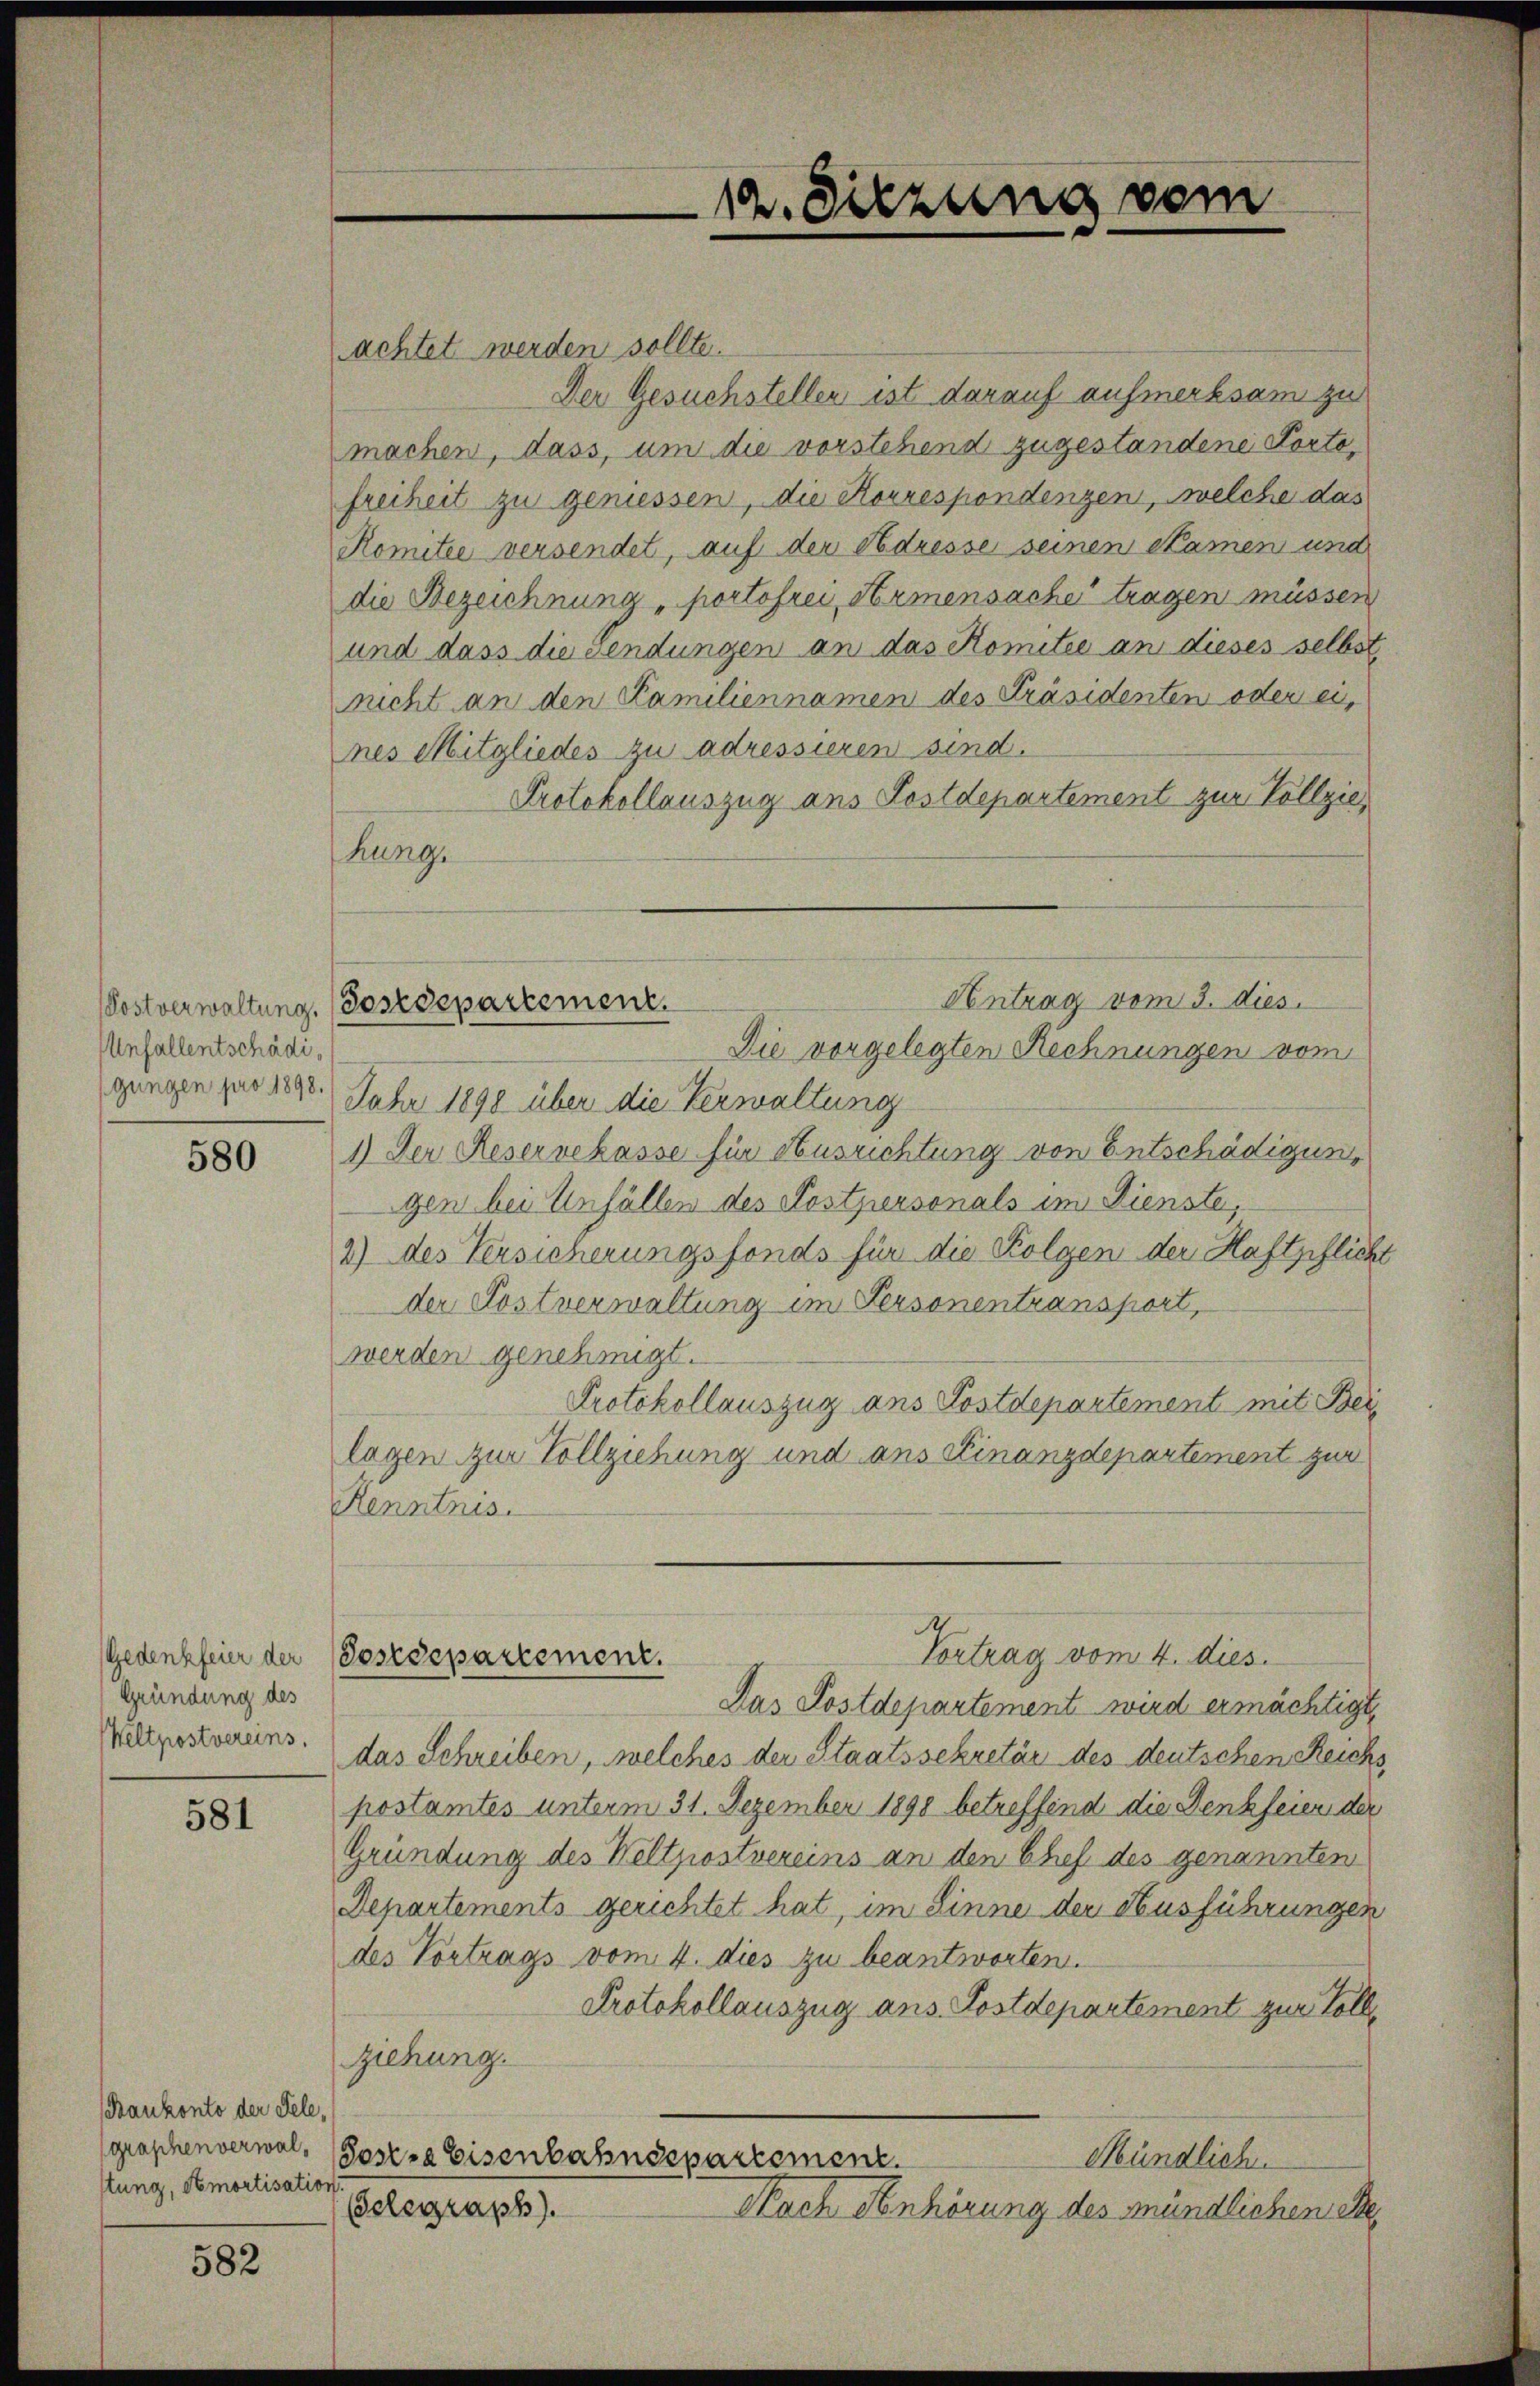
Unfallentschädi¬
(gungen pro 1898.

580

Gedenkfeier der
Gründung des
Weltpostvereins.

581

(Bankonto der Tele,
stung, Amortisation

582

Postverwaltung. (Postdepartement.

12. Sitzung vom

achtet werden sollte.
Der Gesuchstellen ist darauf aufmerksam zu
machen, dass, um die vorstehend zugestandene Portofreiheit zu geniessen, die Korrespondenzen, welche das
Romitee versendet, auf der Adresse seinen Namen und
die Bezeichnung portofrei, Armensache tragen müssen
und dass die Sendungen an das Komitee an dieses selbst,
nicht an den Familiennamen des Präsidenten oder eines Mitgliedes zu adressieren sind.
Protokollauszug aus Festdepartement zur Vollziehung.
Die vorgelegten Rechnungen vom
Jahr 1890 über die Verwaltung
1.) Der Reservekasse für Ausrichtung von Entschädigun
gen bei Unfällen des Postpersonals im Dienste,
2) des Versicherungsfonds für die Folgen der Haftpfliche
der Postverwaltung im Personentransport,
werden genehmigt.
Protokollauszug ans Postdepartement mit Beilagen zur Vollziehung und aus Finanzdepartement zur
Renntnis.
Vortrag vom 4. dies
Postdepartement.
Das Postdepartement wird ermächtigt,
das Schreiben, welches der Staatssekretär des deutschen Reichs
postamtes unterm 31. Dezember 1890 betreffend die Denkseien der
Gründung des Weltzostvereins an den Chef des genannten
Departements gerichtet hat, im Sinne der Ausführungen
des Vortrags vom 4. dies zu beantworten.
Protokollauszug aus Postdepartement zur Voll¬
Ziehung.
graphenverwalt Posten Eisenbahndepartement.
Mündlich.
Gelegraph).
Nach Anhörung des mündlichen Be

Antrag vom 3. dies